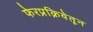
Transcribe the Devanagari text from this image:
फेरप्रक्रियेतून